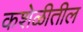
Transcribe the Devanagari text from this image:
कशेळीतील